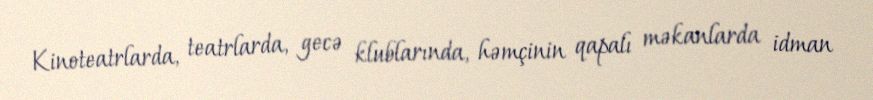
Kinoteatrlarda, teatrlarda, gecə klublarında, həmçinin qapalı məkanlarda idman